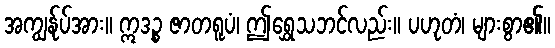
အကျွန်ုပ်အား။ ဣဒဉ္စ ဇာတရူပံ၊ ဤရွှေသဘင်လည်း။ ပဟုတံ၊ များစွာ၏။